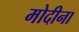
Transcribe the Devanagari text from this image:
मोदीना